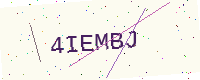
Text: 4IEMBJ